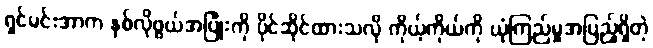
ရှင်မင်းအာက နှစ်လိုဖွယ်အပြုံးကို ပိုင်ဆိုင်ထားသလို ကိုယ့်ကိုယ်ကို ယုံကြည်မှုအပြည့်ရှိတဲ့